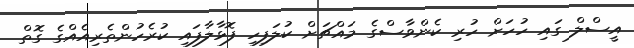
އީސްލް ގައި ހުހަށް ހުރި ކެންވާސްގެ މައްޗަށް ކުލަފިހި ފޮޅާލާފައި ކުރެހުންތެރިއެއްގެ ގޮތް